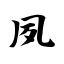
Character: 夙